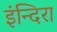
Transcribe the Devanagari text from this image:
इंन्दिरा